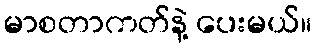
မာစတာကတ်နဲ့ ပေးမယ်။